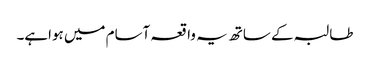
طالبہ کے ساتھ یہ واقعہ آسام میں ہواہے۔